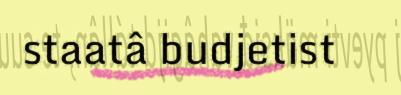
staatâ budjetist